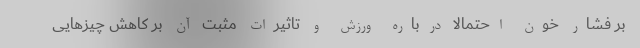
بر فشار خون احتمالا درباره ورزش و تاثیرات مثبت آن بر کاهش چیزهایی